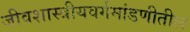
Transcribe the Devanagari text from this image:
जीवशास्त्रीयवर्गमांडणीतील